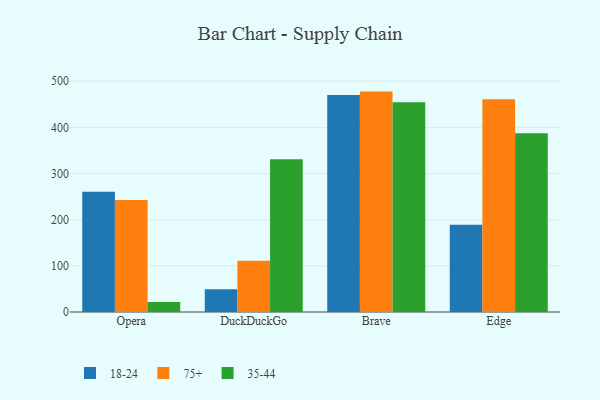
{"axis": {"x": "Browser", "y": "Backlog"}, "legend": ["18-24", "35-44", "75+"], "data": [{"x": "Opera", "y": 260.4, "type": "18-24"}, {"x": "Opera", "y": 242.7, "type": "75+"}, {"x": "Opera", "y": 21.8, "type": "35-44"}, {"x": "DuckDuckGo", "y": 49.1, "type": "18-24"}, {"x": "DuckDuckGo", "y": 110.9, "type": "75+"}, {"x": "DuckDuckGo", "y": 330.8, "type": "35-44"}, {"x": "Brave", "y": 470.1, "type": "18-24"}, {"x": "Brave", "y": 477.5, "type": "75+"}, {"x": "Brave", "y": 454.3, "type": "35-44"}, {"x": "Edge", "y": 189.0, "type": "18-24"}, {"x": "Edge", "y": 461.0, "type": "75+"}, {"x": "Edge", "y": 387.4, "type": "35-44"}]}